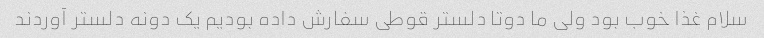
سلام غذا خوب بود ولی ما دوتا دلستر قوطی سفارش داده بودیم یک دونه دلستر آوردند